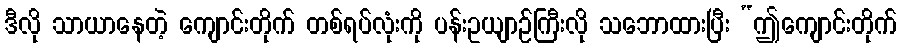
ဒီလို သာယာနေတဲ့ ကျောင်းတိုက် တစ်ရပ်လုံးကို ပန်းဥယျာဉ်ကြီးလို သဘောထားပြီး “ဤကျောင်းတိုက်